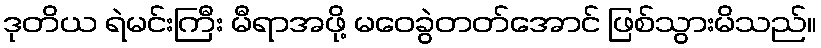
ဒုတိယ ရဲမင်းကြီး မီရာအဖို့ မဝေခွဲတတ်အောင် ဖြစ်သွားမိသည်။